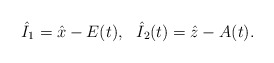
\begin{align*}\begin{array}{cc}\hat{I}_1=\hat{x}-E(t),&\hat{I}_2(t)=\hat{z}-A(t).\end{array}\end{align*}